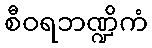
စီဝရဘဏ္ဍိကံ